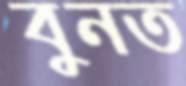
বুনত